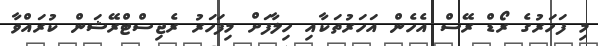
މި ފަހަރުގެ ރޯޑް ރޭސް އެހެން އަހަރުތަކާއި ހިލާފަށް މިފަހަރު ރެޖިސްޓްރޭޝަން ކުރައްވާ